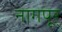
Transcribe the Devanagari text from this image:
नागपूर्